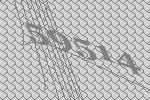
59514